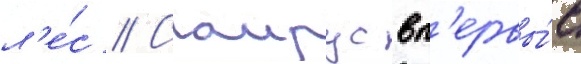
л'е́с // Саирус вп'ервы́е